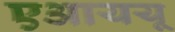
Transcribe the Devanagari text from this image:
एआययू